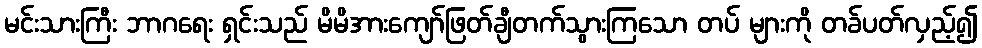
မင်းသားကြီး ဘာဂရေး ရှင်းသည် မိမိအားကျော်ဖြတ်ချီတက်သွားကြသော တပ် များကို တခ်ပတ်လှည့်၍